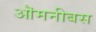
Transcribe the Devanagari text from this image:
ऒमनीबस